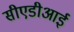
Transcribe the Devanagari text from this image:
सीएडीआई